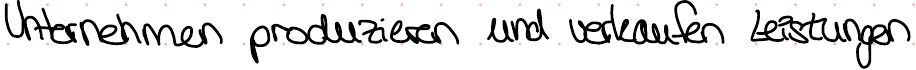
Unternehmen produzieren und verkaufen Leistungen